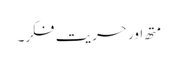
متھ اور حریت فکر۔